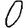
Digit: 0